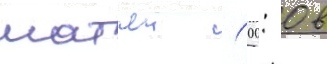
матчеи (0: 0 в